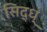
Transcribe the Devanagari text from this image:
सिद्ध्